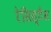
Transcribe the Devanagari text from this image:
रेसिस्टैंस